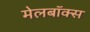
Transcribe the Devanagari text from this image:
मेलबाॅक्स